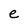
Character: e